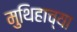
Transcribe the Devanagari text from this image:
मुथिहाच्या